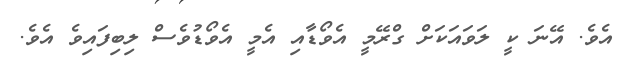
އެވެ. އޭނަ ކީ ލަވައަކަށް ގްރޭމީ އެވޯޑާއި އެމީ އެވޯޑުވެސް ލިބިފައިވެ އެވެ.